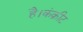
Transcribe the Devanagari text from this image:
है।कंक्रीट